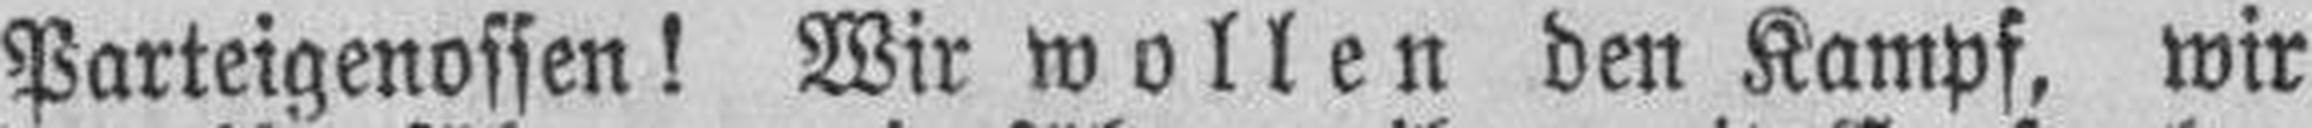
Parteigenossen! Wir wollen den Kampf, wir